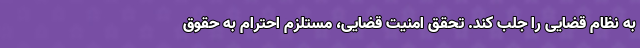
به نظام قضایی را جلب کند. تحقق امنیت قضایی، مستلزم احترام به حقوق